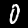
Label: 0